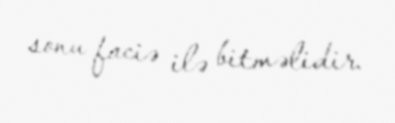
sonu faciə ilə bitməlidir.